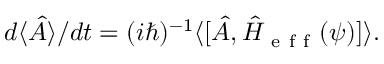
d \langle \hat { A } \rangle / d t = ( i \hbar ) ^ { - 1 } \langle \lbrack \hat { A } , \hat { H } _ { \mathrm { ~ e ~ f ~ f ~ } } ( \psi ) ] \rangle .